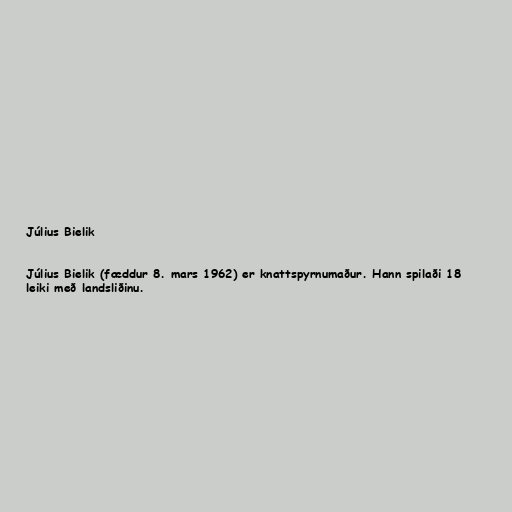
Július Bielik

Július Bielik (fæddur 8. mars 1962) er knattspyrnumaður. Hann spilaði 18
leiki með landsliðinu.